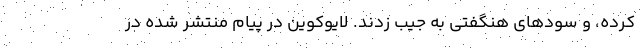
کرده، و سودهای هنگفتی به جیب زدند. لایوکوین در پیام منتشر شده در